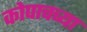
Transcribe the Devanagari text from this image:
कोपाचच्या